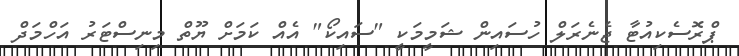
ޕްރޮސެކިއުޓާ ޖެނެރަލް ހުސައިން ޝަމީމަކީ "ސައިކޯ" އެއް ކަމަށް ޔޫތް މިނިސްޓަރު އަހްމަދް